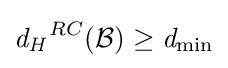
{\mathit {d_{H}}}^{RC}({\mathcal {B}})\geq {\mathit {d_{\min }}}